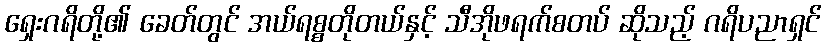
ရှေးဂရိတို့၏ ခေတ်တွင် အယ်ရစ္စတိုတယ်နှင့် သီအိုဖရက်စတပ် ဆိုသည့် ဂရိပညာရှင်